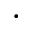
.